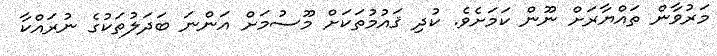
މަރުވާން ތައްޔާރަށް ނޫން ކަމަށެވެ. ކުދި ޤައުމުތަކަށް މޫސުމަށް އަންނަ ބަދަލުތަކުގެ ނުރައްކާ